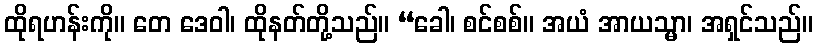
ထိုရဟန်းကို။ တေ ဒေဝါ၊ ထိုနတ်တို့သည်။ “ခေါ၊ စင်စစ်။ အယံ အာယသ္မာ၊ အရှင်သည်။